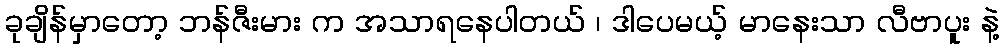
ခုချိန်မှာတော့ ဘန်ဇီးမား က အသာရနေပါတယ် ၊ ဒါပေမယ့် မာနေးသာ လီဗာပူး နဲ့